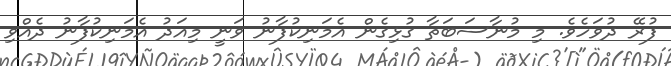
ފުރޭ ދުވަހެވެ. މި މުނާސަބަތާ ގުޅިގެން އެމަނިކުފާނު ވަނީ މިއަދު އެމަނިކުފާނު ދެއްވި